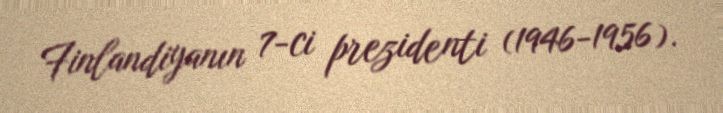
Finlandiyanın 7-ci prezidenti (1946-1956).